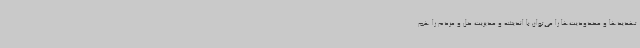
تهدیدها و محدودیت‌ها را می‌توان با اندیشه و مدیریت حل و مردم را هم